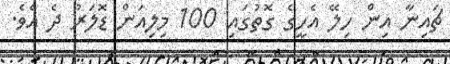
ޗައިނާ އިން ހިލޭ އެހީގެ ގޮތުގައި 100 މިލިއަން ޑޮލަރު ދެ އެވެ.